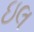
ઇલ